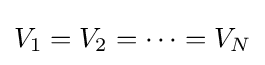
V_{1}=V_{2}=\cdots =V_{N}